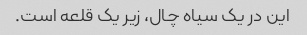
این در یک سیاه چال، زیر یک قلعه است.